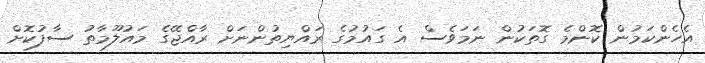
އެހެންކަމުން ކޮންމެ ގޮތަކުން ނަމަވެސް އެ ގައުމުގެ ރައްޔިތުންނަށް ރާއްޖޭގެ މައުލޫމާތު ސާފުކޮށް